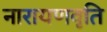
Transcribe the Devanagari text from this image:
नारायणवृति